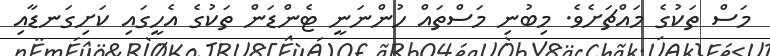
މަސް ތަކުގެ މައްޗަށެވެ. މިބުނި މަސްތައް ހުންނަނީ ޓެންޑަން ތަކުގެ އެހީގައި ކަށިގަނޑާއި